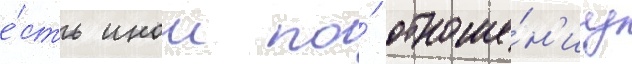
е́сть инои по́ отноше́н'иу